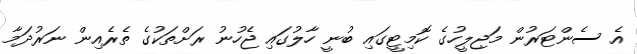
އެ ސެންޓަރުން މަޖިލީހުގެ ކޮމިޓީގައި ބުނީ ހާލުގައި ޖެހުނު ރަށްތަކުގެ ތެރެއިން ނަރުދަމާ